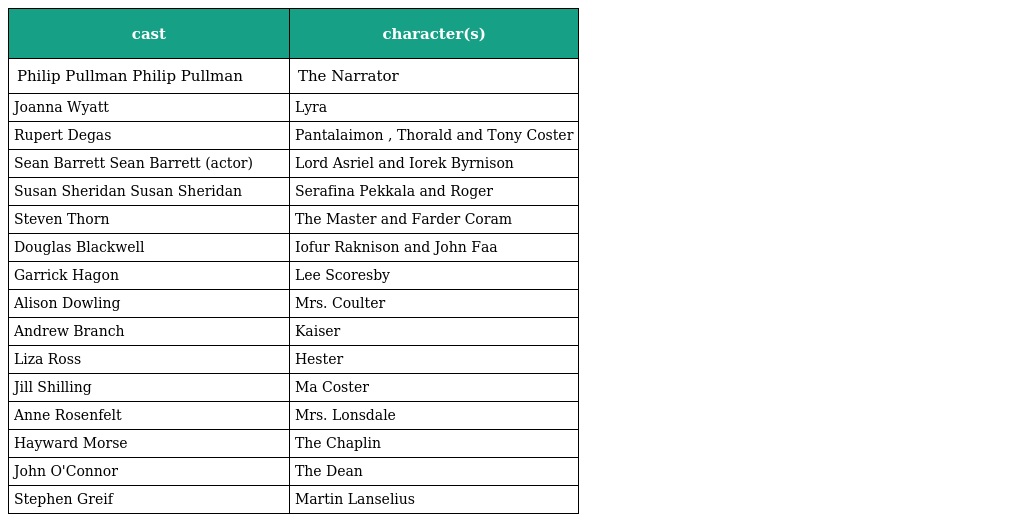
| cast | character(s) |
 | --- | --- |
 | Philip Pullman Philip Pullman | The Narrator |
 | Joanna Wyatt | Lyra |
 | Rupert Degas | Pantalaimon , Thorald and Tony Coster |
 | Sean Barrett Sean Barrett (actor) | Lord Asriel and Iorek Byrnison |
 | Susan Sheridan Susan Sheridan | Serafina Pekkala and Roger |
 | Steven Thorn | The Master and Farder Coram |
 | Douglas Blackwell | Iofur Raknison and John Faa |
 | Garrick Hagon | Lee Scoresby |
 | Alison Dowling | Mrs. Coulter |
 | Andrew Branch | Kaiser |
 | Liza Ross | Hester |
 | Jill Shilling | Ma Coster |
 | Anne Rosenfelt | Mrs. Lonsdale |
 | Hayward Morse | The Chaplin |
 | John O'Connor | The Dean |
 | Stephen Greif | Martin Lanselius |